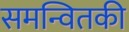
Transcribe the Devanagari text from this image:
समन्वितकी